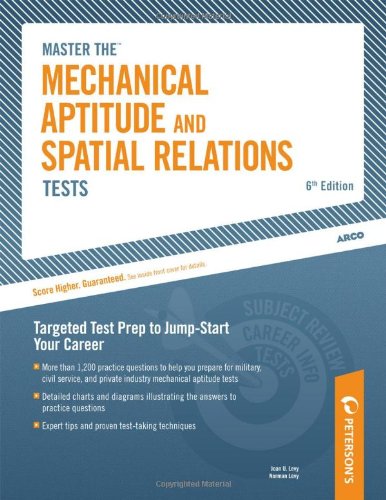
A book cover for ARCO Mechanical Aptitude and Spatial Relations Tests; Joan U. Levy; Test Preparation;